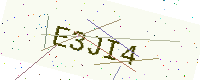
Text: E3JI4